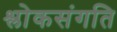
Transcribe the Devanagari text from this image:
श्लोकसंगति